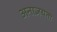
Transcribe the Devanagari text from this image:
अनाज्ञयता